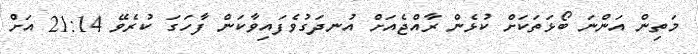
މަތިން އަންނަ ބޯޅަތަކަށް ކުޅެން ރާއްޖެއަށް އުނދަގުވެފައިވާކަން ފާހަގަ ކުރެވޭ 21:14 އަށް